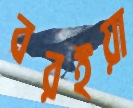
বরইয়া